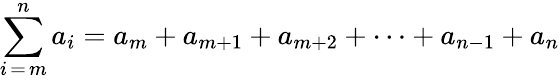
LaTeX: \sum_{i\mathop{=}m}^{n}a_{i}=a_{m}+a_{m+1}+a_{m+2}+\cdots+a_{n-1}+a_{n}